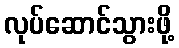
လုပ်ဆောင်သွားဖို့